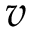
v